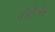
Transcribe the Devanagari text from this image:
तेबौलेह